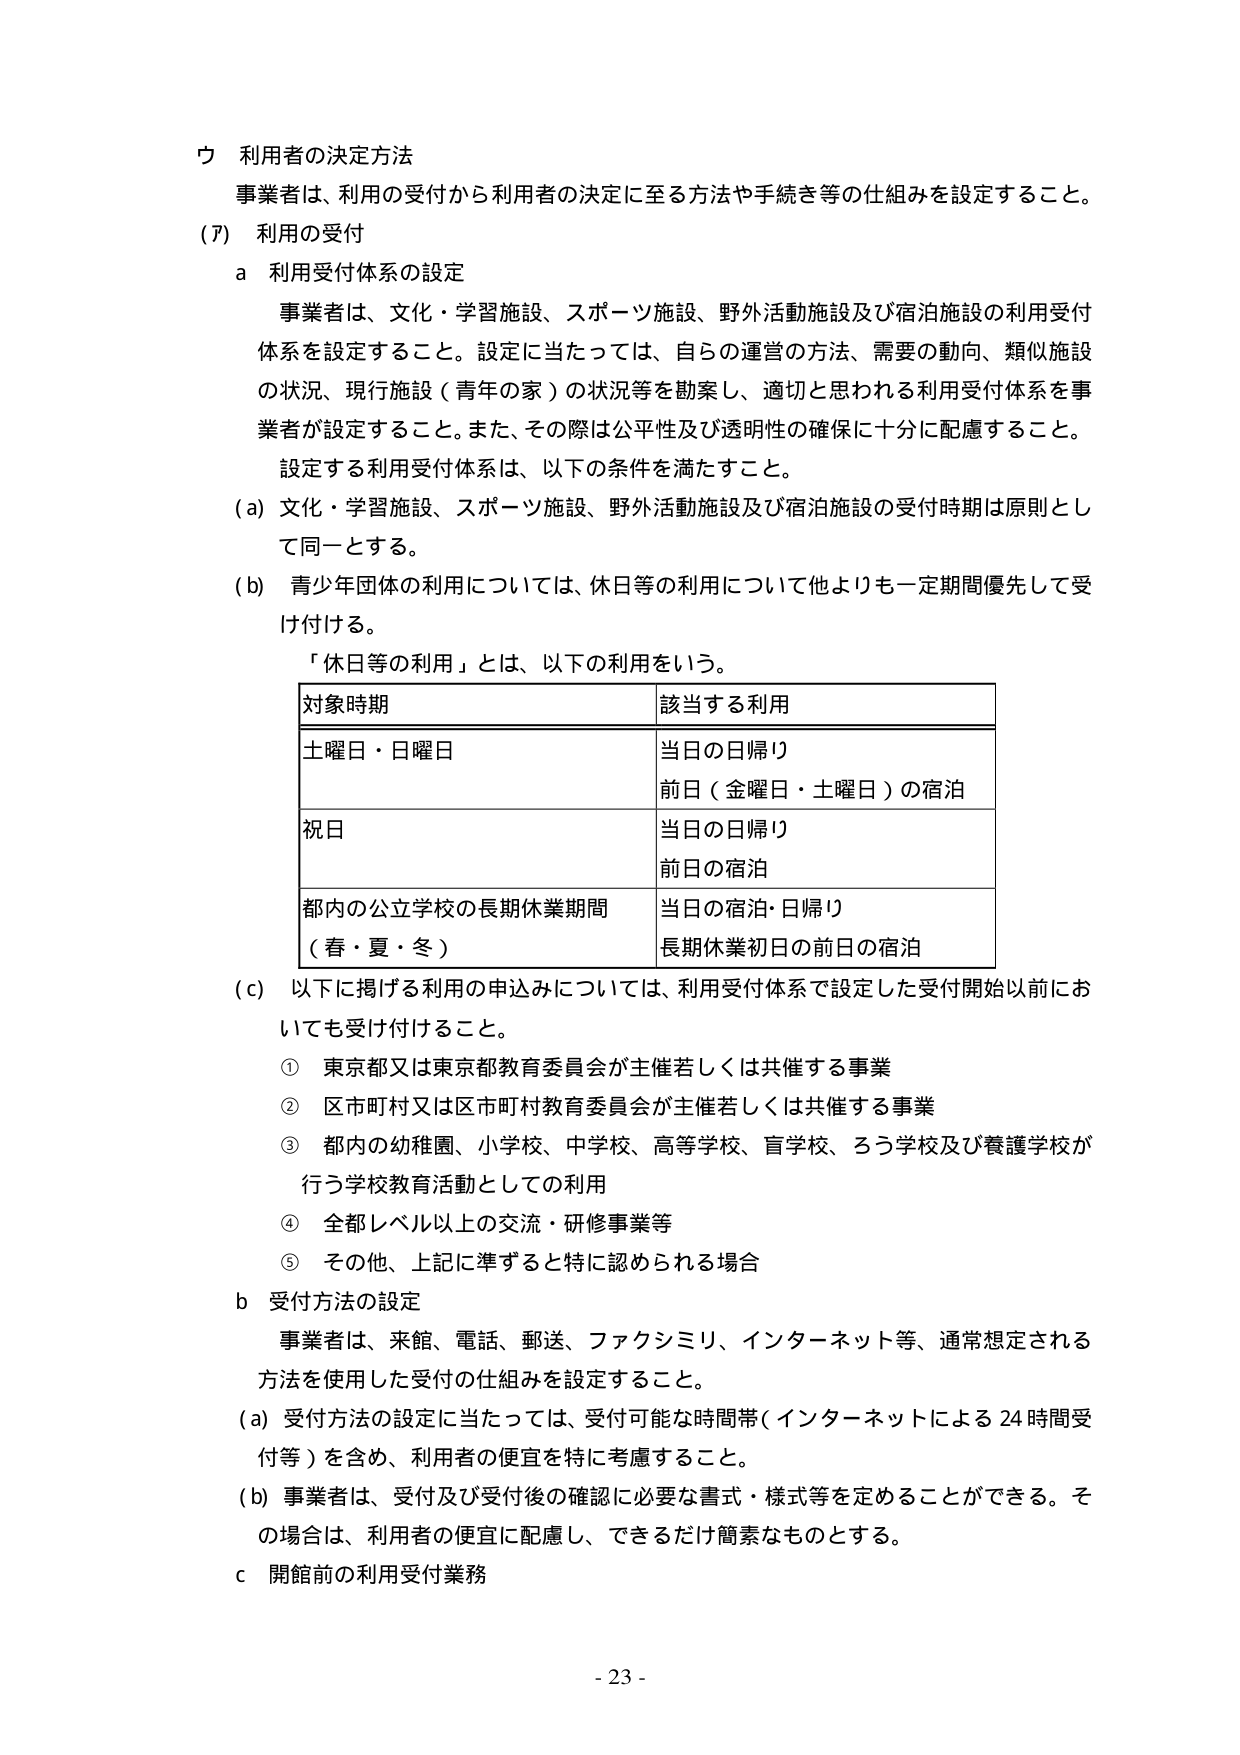
ウ 利用者の決定方法
事業者は、利用の受付から利用者の決定に至る方法や手続き等の仕組みを設定すること。

(ｱ) 利用の受付
ａ 利用受付体系の設定
事業者は、文化・学習施設、スポーツ施設、野外活動施設及び宿泊施設の利用受付体系を設定すること。設定に当たっては、自らの運営の方法、需要の動向、類似施設の状況、現行施設（青年の家）の状況等を勘案し、適切と思われる利用受付体系を事業者が設定すること。また、その際は公平性及び透明性の確保に十分に配慮すること。
設定する利用受付体系は、以下の条件を満たすこと。
(a) 文化・学習施設、スポーツ施設、野外活動施設及び宿泊施設の受付時期は原則として同一とする。
(b) 青少年団体の利用については、休日等の利用について他よりも一定期間優先して受け付ける。
「休日等の利用」とは、以下の利用をいう。

| 対象時期 | 該当する利用 |
|----------|--------------|
| 土曜日・日曜日 | 当日の日帰り<br>前日（金曜日・土曜日）の宿泊 |
| 祝日 | 当日の日帰り<br>前日の宿泊 |
| 都内の公立学校の長期休業期間（春・夏・冬） | 当日の宿泊・日帰り<br>長期休業初日の前日の宿泊 |

(c) 以下に掲げる利用の申込みについては、利用受付体系で設定した受付開始以前においても受け付けること。
① 東京都又は東京都教育委員会が主催若しくは共催する事業
② 区市町村又は区市町村教育委員会が主催若しくは共催する事業
③ 都内の幼稚園、小学校、中学校、高等学校、盲学校、ろう学校及び養護学校が行う学校教育活動としての利用
④ 全都レベル以上の交流・研修事業等
⑤ その他、上記に準ずると特に認められる場合

ｂ 受付方法の設定
事業者は、来館、電話、郵送、ファクシミリ、インターネット等、通常想定される方法を使用した受付の仕組みを設定すること。
(a) 受付方法の設定に当たっては、受付可能な時間帯（インターネットによる24時間受付等）を含め、利用者の便宜を特に考慮すること。
(b) 事業者は、受付及び受付後の確認に必要な書式・様式等を定めることができる。その場合は、利用者の便宜に配慮し、できるだけ簡素なものとする。

ｃ 開館前の利用受付業務

- 23 -